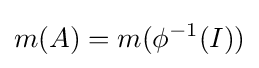
m(A)=m(\phi ^{-1}(I))